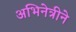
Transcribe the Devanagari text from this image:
अभिनेत्रीने